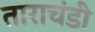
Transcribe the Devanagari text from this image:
ताराचंडी